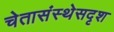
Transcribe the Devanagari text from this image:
चेतासंस्थेसदृश